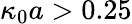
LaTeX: \kappa_{0}a>0.25